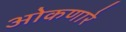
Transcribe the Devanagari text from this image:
ओकणारे